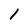
Character: 1